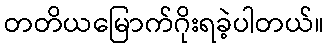
တတိယမြောက်ဂိုးရခဲ့ပါတယ်။